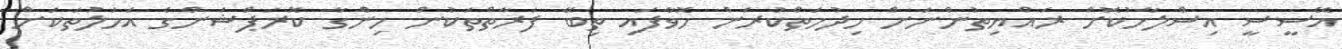
އޭސީސީ އިސްލާހުކޮށް ރައްޔިތުންނަށް ހިދުމަތްކުރަން ހޮވާފައި ތިބޭ ފަރާތްތަކުން ހިންގާ ކޮރަޕްޝަންގެ އަމަލުތަކަށް